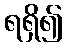
ရရှိ၍